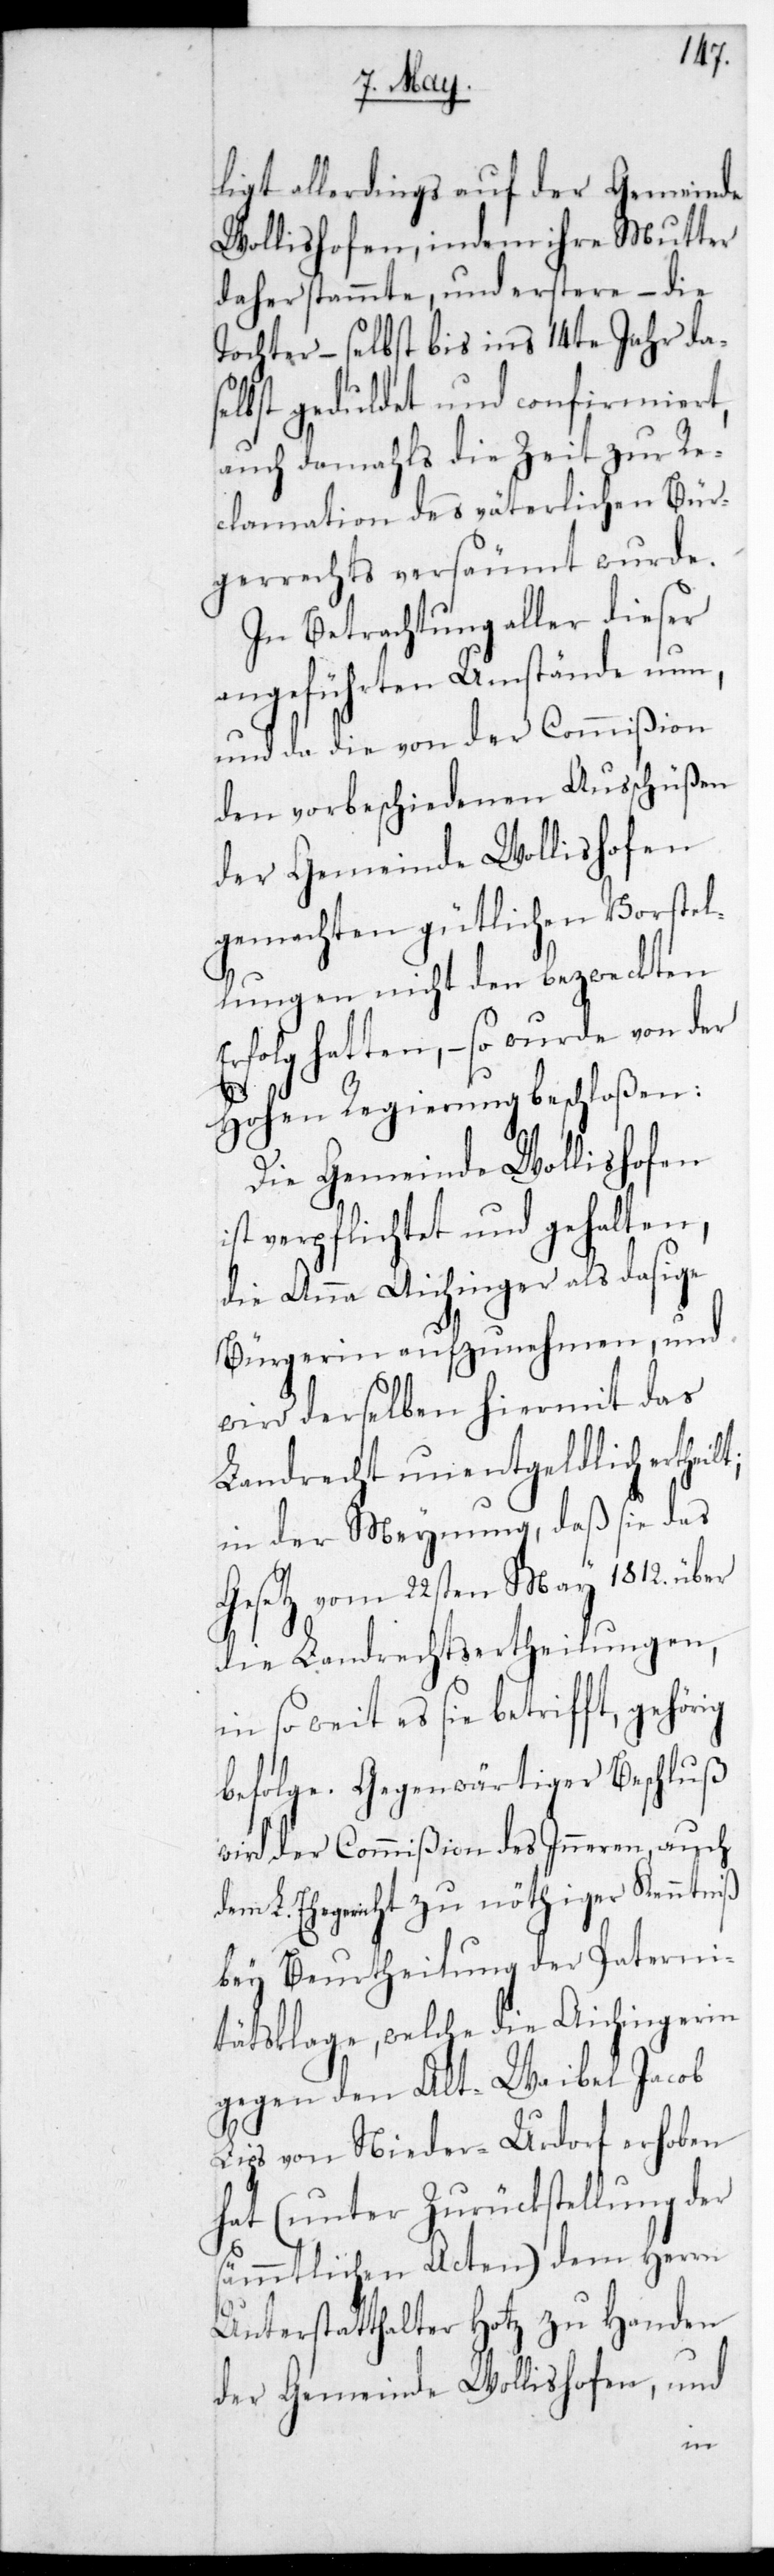
lt;
ligt allerdings auf der Gemeinde
Wollishofen, indem ihre Mutter
daher stammte und erstere – die
Tochter – selbst bis ins 14te Jahr das¬
elbst geduldet und confirmiert,
auch damahls die Zeit zur Re¬
clamation des väterlichen Bür¬
gerrechts versäumt wurde.
In Betrachtung aller dieser
angeführten Umstände nun,
und da die von der Commißion
den verschiedenen Ausschüßen
der Gemeinde Wollishofen
gemachten gütlichen Vorstel¬
lungen nicht den bezweckten
hatten, – so wurde von der
Hohen Regierung beschloßen:
Die Gemeinde Wollishofen
ist verpflichtet und gehalten,
die Anna Aichinger als dasige
Bürgerin aufzunehmen, und
wird derselben hiermit das
Landrecht unentgeldlich erthei¬
in der Meynung, daß sie das
Gesetz vom 22sten May 1812. über
die Landrechts-Ertheilungen,
insoweit es sie betrifft, gehör¬
wird der Commißion des Inneren, auch
dem L. Ehegericht zu nöthiger Kenntniß
bey Beurtheilung der Paterni¬
tätsklage, welche die Aichingerin
gegen den alt Waibel Jacob
Lips von Niederurdorf erhoben
hat (unter Zurückstellung der
sämmtlichen Acten) dem Herrn
Unterstatthalter Hotz zu Handen
der Gemeinde Wollishofen, und
ig